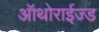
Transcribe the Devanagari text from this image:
ऑथोराईज्ड